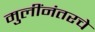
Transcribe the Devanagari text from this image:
मुलींनंतरचे